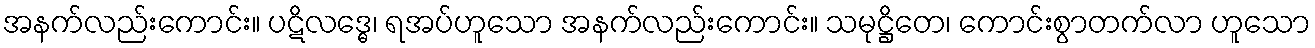
အနက်လည်းကောင်း။ ပဋိလဒ္ဓေ၊ ရအပ်ဟူသော အနက်လည်းကောင်း။ သမုဋ္ဌိတေ၊ ကောင်းစွာတက်လာ ဟူသော